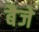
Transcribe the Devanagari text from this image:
बैजे